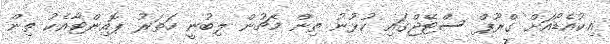
އިކުއެޑޯއަށް ގްރޫޕް ސްޓޭޖްގައި ކުޅުނު ތިން މެޗުން ލިބުނީ ހަތަރު ޕޮއިންޓާއެކު ތިން